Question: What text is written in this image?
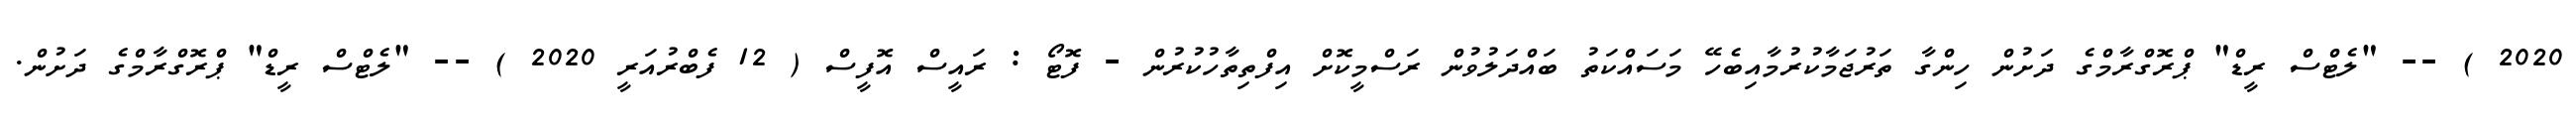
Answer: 2020 ) -- "ލެޓްސް ރީޑް" ޕްރޮގްރާމްގެ ދަށުން ހިންގާ ތަރުޖަމާކުރުމާއިބެހޭ މަސައްކަތު ބައްދަލުވުން ރަސްމީކޮށް އިފްތިތާހުކުރުން - ފޮޓޯ : ރައީސް އޮފީސް ( 12 ފެބްރުއަރީ 2020 ) -- "ލެޓްސް ރީޑް" ޕްރޮގްރާމްގެ ދަށުން.